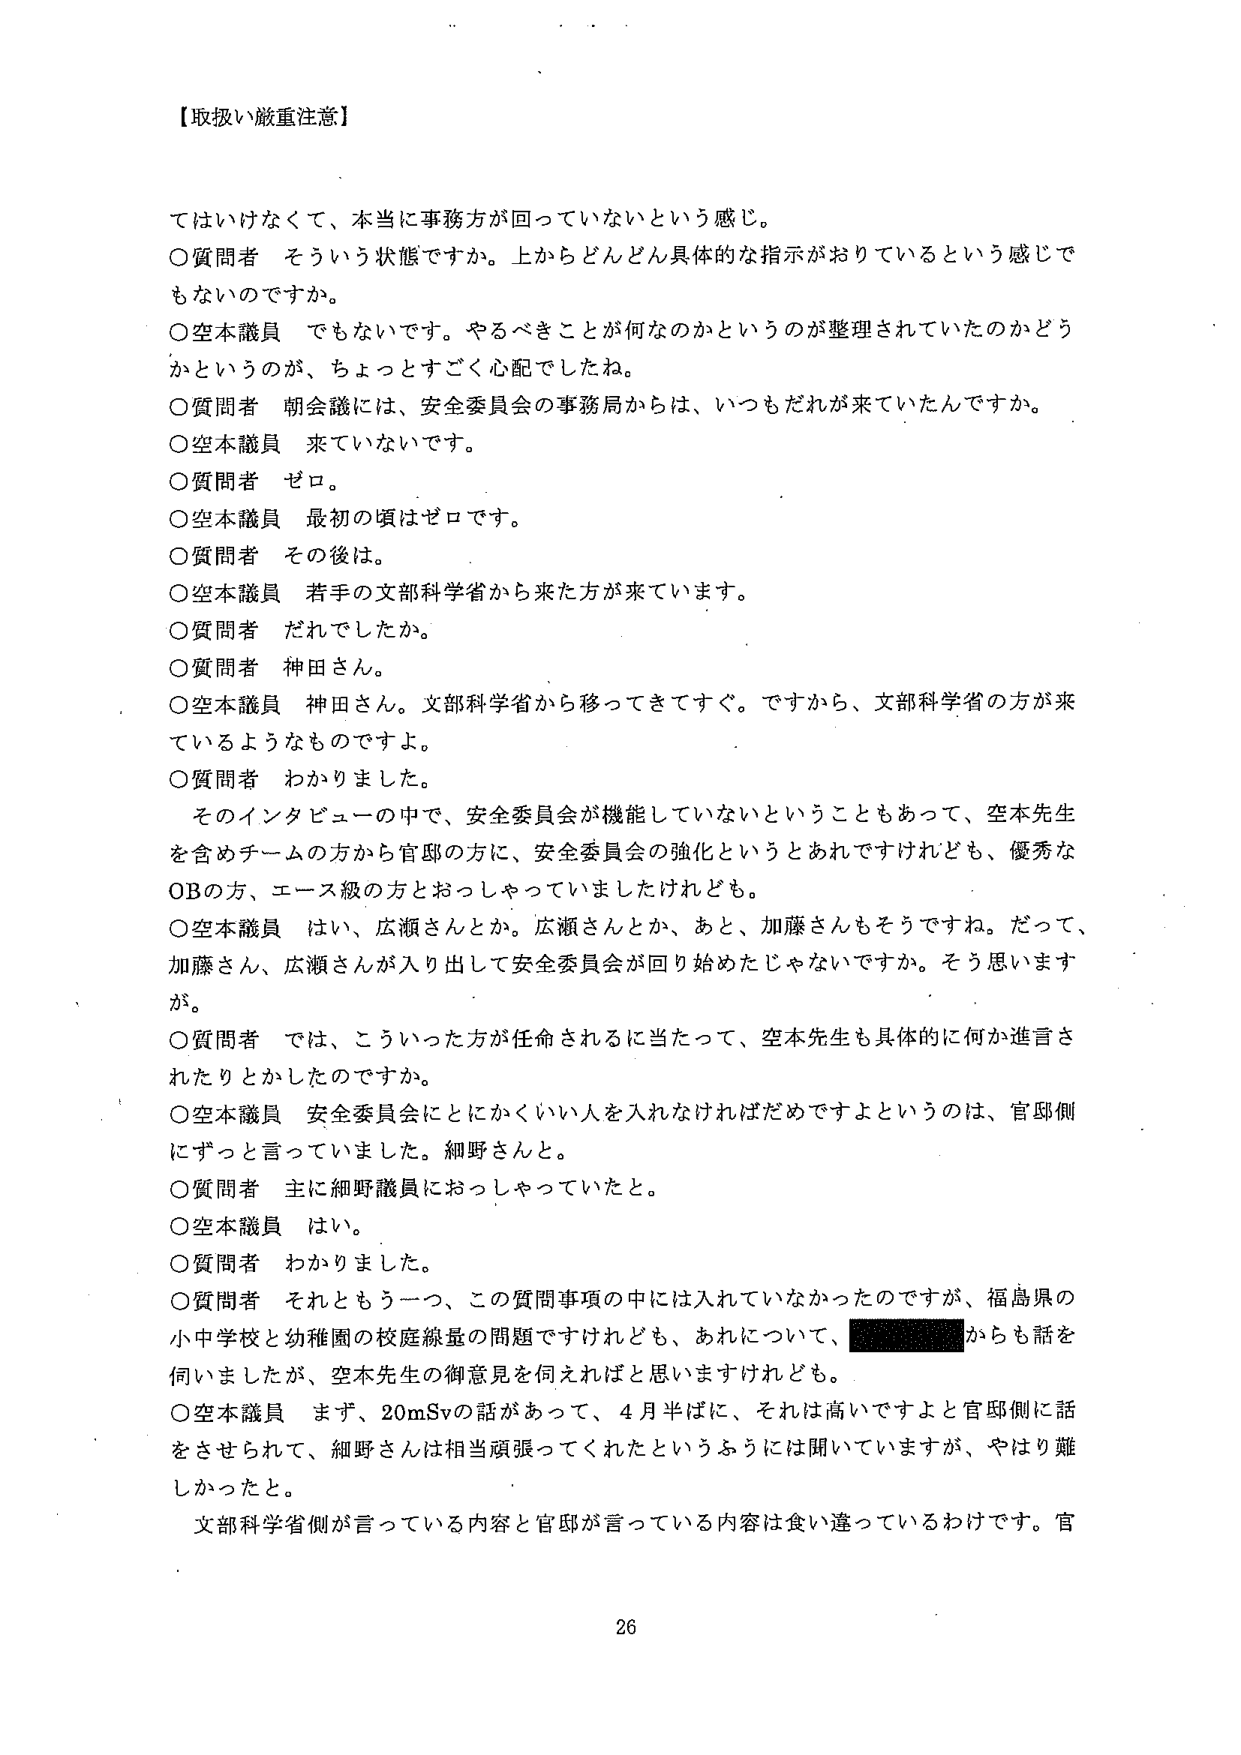
【取扱い厳重注意】

てはいけなくて、本当に事務方が回っていないという感じ。

〇質問者　そういう状態ですか。上からどんどん具体的な指示がおりているという感じでもないのですか。

〇空本議員　でもないです。やるべきことが何なのかというのが整理されていたのかどうかというのが、ちょっとすごく心配でしたね。

〇質問者　朝会議には、安全委員会の事務局からは、いつもだれが来ていたんですか。

〇空本議員　来ていないです。

〇質問者　ゼロ。

〇空本議員　最初の頃はゼロです。

〇質問者　その後は。

〇空本議員　若手の文部科学省から来た方が来ています。

〇質問者　だれでしたか。

〇質問者　神田さん。

〇空本議員　神田さん。文部科学省から移ってきてすぐ。ですから、文部科学省の方が来ているようなものですよ。

〇質問者　わかりました。

そのインタビューの中で、安全委員会が機能していないということもあって、空本先生を含めチームの方から官邸の方に、安全委員会の強化というとあれですけれども、優秀なOBの方、エース級の方とおっしゃっていましたけれども。

〇空本議員　はい、広瀬さんとか。広瀬さんとか、あと、加藤さんもそうですね。だって、加藤さん、広瀬さんが入り出して安全委員会が回り始めたじゃないですか。そう思いますが。

〇質問者　では、こういった方が任命されるに当たって、空本先生も具体的に何か進言されたりとかしたのですか。

〇空本議員　安全委員会にとにかくいい人を入れなければだめですよというのは、官邸側にずっと言っていました。細野さんと。

〇質問者　主に細野議員におっしゃっていたと。

〇空本議員　はい。

〇質問者　わかりました。

〇質問者　それともう一つ、この質問事項の中には入れていなかったのですが、福島県の小中学校と幼稚園の校庭線量の問題ですけれども、あれについて、██████からも話を伺いましたが、空本先生の御意見を伺えればと思いますけれども。

〇空本議員　まず、20mSvの話があって、4月半ばに、それは高いですよと官邸側に話をさせられて、細野さんは相当頑張ってくれたというふうには聞いていますが、やはり難しかったと。

文部科学省側が言っている内容と官邸が言っている内容は食い違っているわけです。官

26